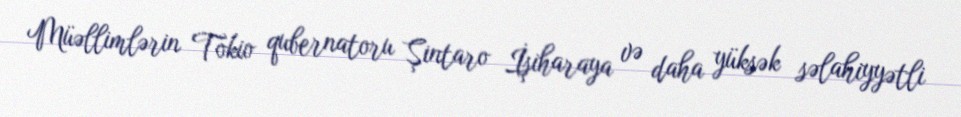
Müəllimlərin Tokio qubernatoru Şintaro İşiharaya və daha yüksək səlahiyyətli